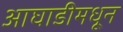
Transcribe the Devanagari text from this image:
आघाडीमधून